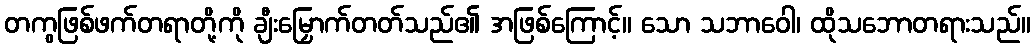
တကွဖြစ်ဖက်တရာတို့ကို ချီးမြှောက်တတ်သည်၏ အဖြစ်ကြောင့်။ သော သဘာဝေါ၊ ထိုသဘောတရားသည်။